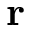
\mathbf { r }